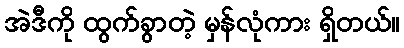
အဲဒီကို ထွက်ခွာတဲ့ မှန်လုံကား ရှိတယ်။